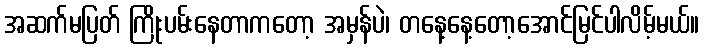
အဆက်မပြတ် ကြိုးပမ်းနေတာကတော့ အမှန်ပဲ၊ တနေ့နေ့တော့အောင်မြင်ပါလိမ့်မယ်။